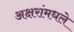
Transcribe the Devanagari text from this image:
अक्षरांमधले